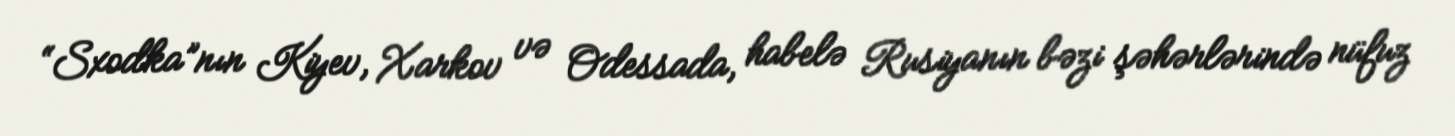
“Sxodka”nın Kiyev, Xarkov və Odessada, habelə Rusiyanın bəzi şəhərlərində nüfuz